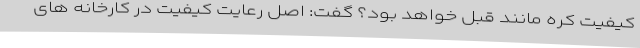
کیفیت کره مانند قبل خواهد بود؟ گفت: اصل رعایت کیفیت در کارخانه های